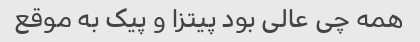
همه چی عالی بود پیتزا و پیک به موقع